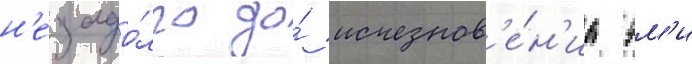
н'езадо́лго до́ исчезнов'е́н'иа эм'и